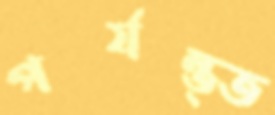
পর্যন্ত্ত